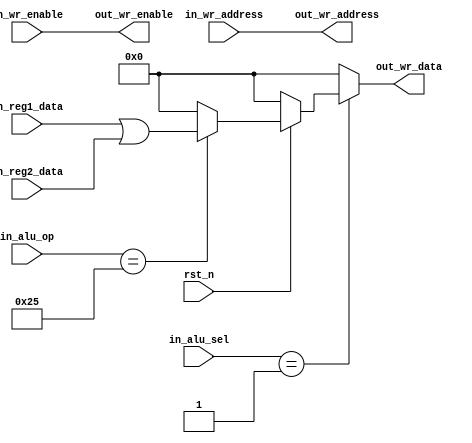
/*
writtern by Yuyang Zhou, 
for the MIPS32 processor Jahangir pipeline stage3
to execute the incoming instruction
*/
module ex(
    //input                   clk,
    input                   rst_n,
    //incoming data from last stage
    input             [31:0]       in_reg1_data,
    input             [31:0]       in_reg2_data,
    input             [4:0]        in_wr_address,
    input                          in_wr_enable,
    input             [7:0]        in_alu_op,
    input             [2:0]        in_alu_sel,
    //output data 
    output     reg    [4:0]        out_wr_address,
    output     reg    [31:0]       out_wr_data,
    output     reg                 out_wr_enable
);
//============================================================================
//store the outcome temporartly 
reg       [31:0]      logicout;
//============================================================================
//the logic of the received opeartion instruction, do the operation accordingly 
//on the two incoming number(in_reg1_data & in_reg2_data)
always @(*)begin
    if(rst_n==1'b0)begin
        logicout <= 31'h0000_0000;
    end
    else begin
        case (in_alu_op)
            //ORI instruction
            8'b0010_0101: begin
                logicout <= in_reg1_data | in_reg2_data;    
            end
        default: begin
            logicout <= 31'h0000_0000;
        end
        endcase
    end
end
//=============================================================================
//the logic of the received operation instruction type. see the type and then decide where to write it
always @(*)begin
    out_wr_address <= in_wr_address;
    out_wr_enable <= in_wr_enable;
    case(in_alu_sel)
    //if the incoming instruction is logic type
    3'b001: begin
        out_wr_data <= logicout;    
    end

    default begin
        out_wr_data <= 32'h0000_0000;
    end
    endcase 
end
endmodule